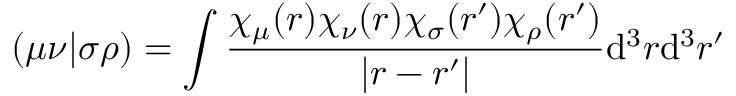
( \mu \nu | \sigma \rho ) = \int \frac { \chi _ { \mu } ( \boldsymbol { r } ) \chi _ { \nu } ( \boldsymbol { r } ) \chi _ { \sigma } ( \boldsymbol { r } ^ { \prime } ) \chi _ { \rho } ( \boldsymbol { r } ^ { \prime } ) } { | \boldsymbol { r } - \boldsymbol { r } ^ { \prime } | } \mathrm { d } ^ { 3 } r \mathrm { d } ^ { 3 } r ^ { \prime }